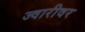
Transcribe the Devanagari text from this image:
ज्वारीवर